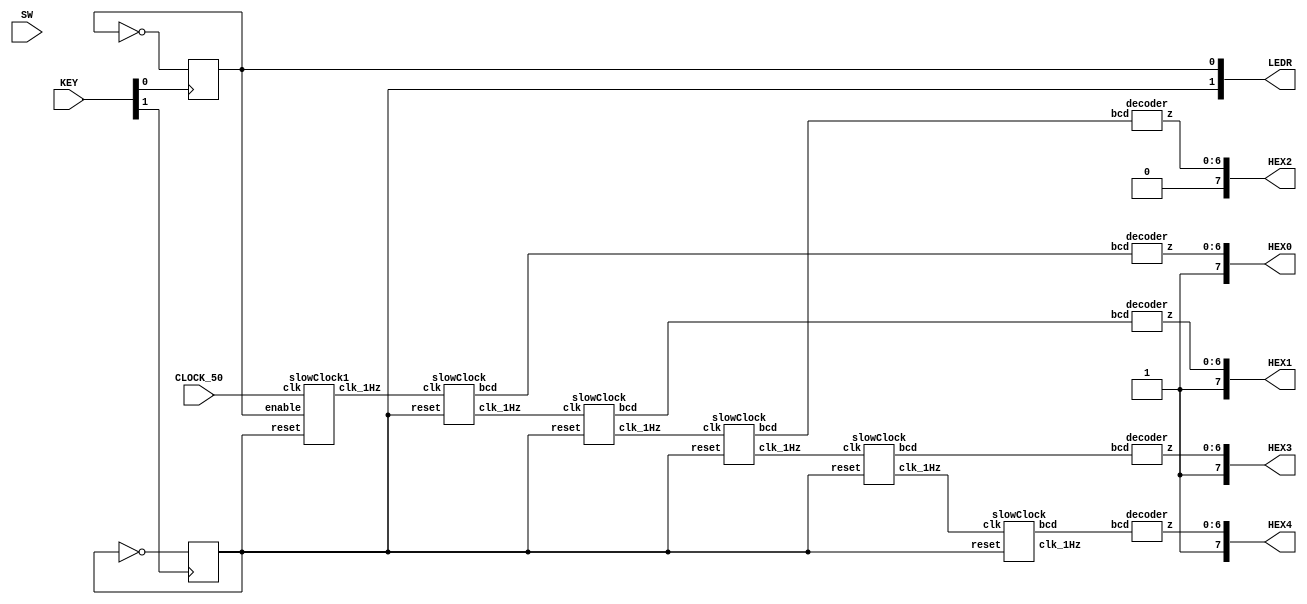
module Part1(SW,KEY,HEX0,HEX1,HEX2,HEX3,HEX4,LEDR,CLOCK_50);
input [9:0] SW;
input [1:0] KEY;
input CLOCK_50;
output [7:0] HEX0,HEX1,HEX2,HEX3,HEX4;
output [9:0] LEDR;


wire key1,clk1,clk,key0;
//wire [15:0] bcd;
wire [6:0] d0,d1,d2,d3,d4;
wire [3:0] b0,b1,b2,b3,b4;

assign clk1 = CLOCK_50;
//assign enable = SW[1];
assign key1 = ~KEY[1];
assign key0 = ~KEY[0];
wire clock,clock1,clock2,clock3;
reg enable,reset;
//reset <= KEY[1];



always @(posedge key1)
begin
reset <= ~reset;
end




always @(posedge key0)
begin
enable <= ~enable;
end

assign LEDR[0] = enable;
assign LEDR[1] = reset;
slowClock1 s1(clk1,enable,reset,clk);

slowClock  sl1(clk,reset,clock,b0);
slowClock  sl2(clock,reset,clock1,b1);
slowClock  sl3(clock1,reset,clock2,b2);
slowClock  sl4(clock2,reset,clock3,b3);
slowClock  sl5(clock3,reset,clock4,b4);


decoder h0(b0,d0);
decoder h1(b1,d1);
decoder h2(b2,d2);
decoder h3(b3,d3);
decoder h4(b4,d4);

assign HEX0 = {1'b1,d0};
assign HEX1 = {1'b1,d1};
assign HEX2 = {1'b0,d2};
assign HEX3 = {1'b1,d3};
assign HEX4 = {1'b1,d4};
endmodule


module slowClock(clk, reset, clk_1Hz,bcd);
input clk, reset;
output clk_1Hz;
output [3:0] bcd;

reg clk_1Hz = 1'b1;
reg [4:0] counter;
reg [3:0] bcd;

always@(posedge reset or posedge clk)
begin
    if (reset == 1'b1)
        begin
            clk_1Hz <= 0;
            counter <= 0;
				bcd <= 0;
        end
    else
        begin
				bcd <= bcd + 1; 
            //counter <= counter + 1;
            //if ( counter == 5)
            //    begin
				//		  counter <= 0;
                    
            //    end
				if (bcd == 9)
					begin
							clk_1Hz <= ~clk_1Hz;
							bcd<=0;
					end
				else 
						clk_1Hz =1'b0;
        end
end
endmodule 

module decoder(bcd,z);
input [3:0] bcd;
output [6:0] z;
reg [6:0] z;

always @*
case (bcd)
4'b0000 :      	//Hexadecimal 0
z = 7'b1000000;
4'b0001 :    		//Hexadecimal 1
z = 7'b1111001;
4'b0010 :  		// Hexadecimal 2
z = 7'b0100100 ; 
4'b0011 : 		// Hexadecimal 3
z = 7'b0110000;
4'b0100 :		// Hexadecimal 4
z = 7'b0011001 ;
4'b0101 :		// Hexadecimal 5
z = 7'b0010010 ;  
4'b0110 :		// Hexadecimal 6
z = 7'b0000010 ;
4'b0111 :		// Hexadecimal 7
z = 7'b1111000;
4'b1000 :     		 //Hexadecimal 8
z = 7'b0000000;
4'b1001 :    		//Hexadecimal 9
z = 7'b0011000 ;
4'b1010 :  		// Hexadecimal A
z = 7'b0001000 ; 
4'b1011 : 		// Hexadecimal B
z = 7'b0000011;
4'b1100 :		// Hexadecimal C
z = 7'b1000110 ;
4'b1101 :		// Hexadecimal D
z = 7'b0100001 ;
4'b1110 :		// Hexadecimal E
z = 7'b0000110 ;
4'b1111 :		// Hexadecimal F
z = 7'b0001110 ;
endcase


endmodule

module slowClock1(clk, enable, reset, clk_1Hz);
input clk, reset,enable;
output clk_1Hz;

reg clk_1Hz = 1'b0;
reg [27:0] counter;

always@(posedge reset or posedge clk)
begin
    if (reset == 1'b1)
        begin
            clk_1Hz <= 0;
            counter <= 0;
        end
    else if (enable)
        begin
            counter <= counter + 1;
            if ( counter == 25_000_0)
                begin
                    counter <= 0;
                    clk_1Hz <= ~clk_1Hz;
                end
        end
end
endmodule